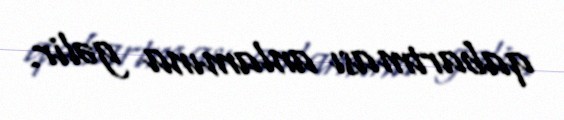
qabartması anlamına gəlir.